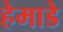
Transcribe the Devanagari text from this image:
हेमाडे